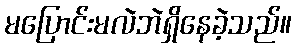
မပြောင်းမလဲဘဲရှိနေခဲ့သည်။